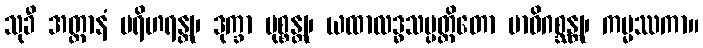
သုခီ အတ္တာနံ ပရိဟရန္တု၊ ဒုက္ခာ မုစ္စန္တု၊ ယထာလဒ္ဓသမ္ပတ္တိတော မာဝိဂစ္ဆန္တု၊ ကမ္မဿကာ။